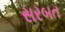
સરબત